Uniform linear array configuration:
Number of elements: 48
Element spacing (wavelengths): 0.5
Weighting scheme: binomial
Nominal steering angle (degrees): -60
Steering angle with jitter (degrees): -59.706
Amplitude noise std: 0.05
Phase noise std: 0.05

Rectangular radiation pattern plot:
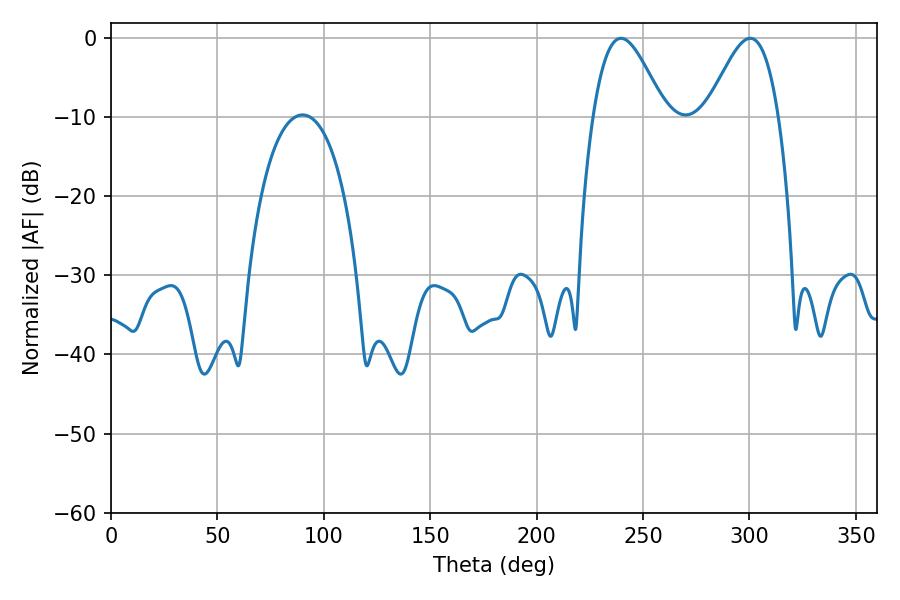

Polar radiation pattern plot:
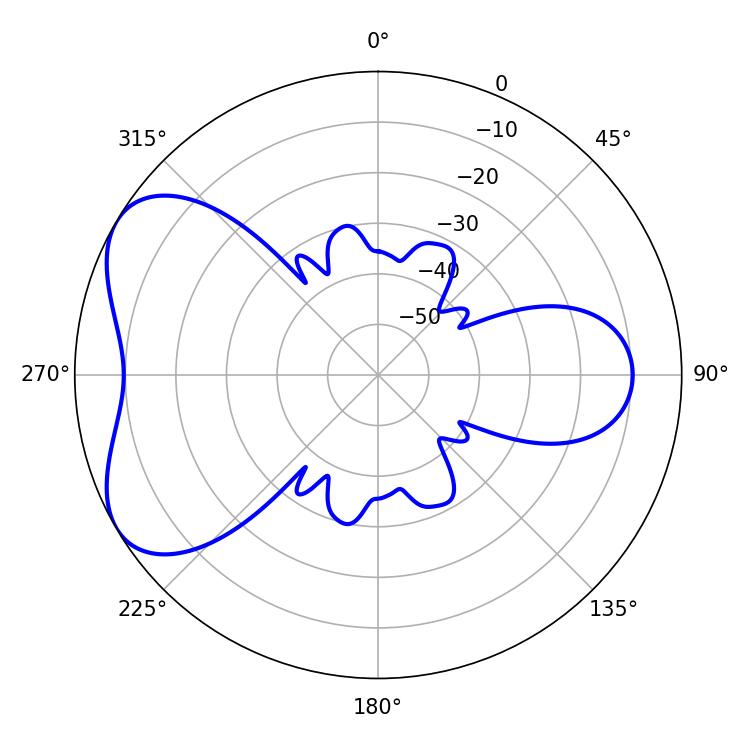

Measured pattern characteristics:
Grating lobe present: FALSE
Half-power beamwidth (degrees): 18
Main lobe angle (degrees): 239.58